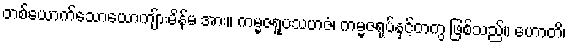
တစ်ယောက်သောယောကျ်ားမိန်မ အား။ ကမ္မဇရူပသဟဇံ၊ ကမ္မဇရုပ်နှင့်တကွ ဖြစ်သည်။ ဟောတိ၊